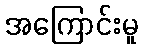
အကြောင်းမူ